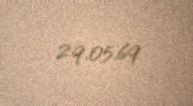
29.05.69